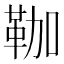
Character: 𩊏